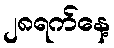
၂၈ရက်နေ့